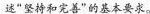
述“坚持和完善”的基本要求。